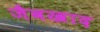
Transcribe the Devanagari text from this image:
जैवखाद